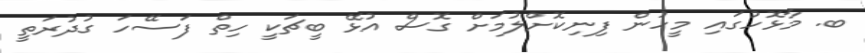
ބ. މާޅޮހުގައި މީހުން ފިނިކޮށްލުމަށް ގޮސް އުޅޭ ބީޗަކީ ހިތް ފަސޭހަ ގުދުރަތީ